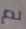
لم